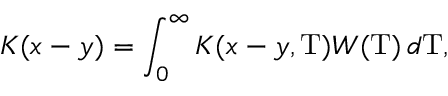
K ( x - y ) = \int _ { 0 } ^ { \infty } K ( x - y , \mathrm { T } ) W ( \mathrm { T } ) \, d \mathrm { T } ,